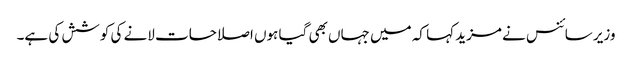
وزیر سائنس نے مزید کہا کہ میں جہاں بھی گیا ہوں اصلاحات لانے کی کوشش کی ہے۔